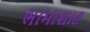
ભામાશાહ